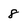
Character: 8